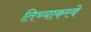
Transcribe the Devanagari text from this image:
तिच्याकरवे